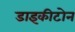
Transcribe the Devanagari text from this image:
डाइकीटोन